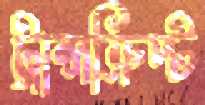
ট্রান্সক্রিপ্ট